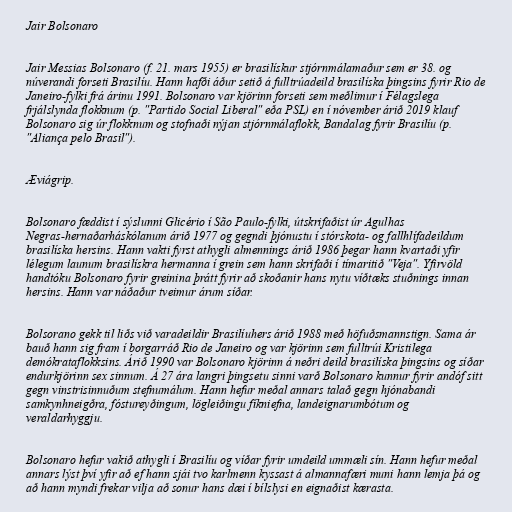
Jair Bolsonaro

Jair Messias Bolsonaro (f. 21. mars 1955) er brasilískur stjórnmálamaður sem er 38. og
núverandi forseti Brasilíu. Hann hafði áður setið á fulltrúadeild brasilíska þingsins fyrir Rio de
Janeiro-fylki frá árinu 1991. Bolsonaro var kjörinn forseti sem meðlimur í Félagslega
frjálslynda flokknum (p. "Partido Social Liberal" eða PSL) en í nóvember árið 2019 klauf
Bolsonaro sig úr flokknum og stofnaði nýjan stjórnmálaflokk, Bandalag fyrir Brasilíu (p.
"Aliança pelo Brasil").

Æviágrip.

Bolsonaro fæddist í sýslunni Glicério í São Paulo-fylki, útskrifaðist úr Agulhas
Negras-hernaðarháskólanum árið 1977 og gegndi þjónustu í stórskota- og fallhlífadeildum
brasilíska hersins. Hann vakti fyrst athygli almennings árið 1986 þegar hann kvartaði yfir
lélegum launum brasilískra hermanna í grein sem hann skrifaði í tímaritið "Veja". Yfirvöld
handtóku Bolsonaro fyrir greinina þrátt fyrir að skoðanir hans nytu víðtæks stuðnings innan
hersins. Hann var náðaður tveimur árum síðar.

Bolsorano gekk til liðs við varadeildir Brasilíuhers árið 1988 með höfuðsmannstign. Sama ár
bauð hann sig fram í borgarráð Rio de Janeiro og var kjörinn sem fulltrúi Kristilega
demókrataflokksins. Árið 1990 var Bolsonaro kjörinn á neðri deild brasilíska þingsins og síðar
endurkjörinn sex sinnum. Á 27 ára langri þingsetu sinni varð Bolsonaro kunnur fyrir andóf sitt
gegn vinstrisinnuðum stefnumálum. Hann hefur meðal annars talað gegn hjónabandi
samkynhneigðra, fóstureyðingum, lögleiðingu fíkniefna, landeignarumbótum og
veraldarhyggju.

Bolsonaro hefur vakið athygli í Brasilíu og víðar fyrir umdeild ummæli sín. Hann hefur meðal
annars lýst því yfir að ef hann sjái tvo karlmenn kyssast á almannafæri muni hann lemja þá og
að hann myndi frekar vilja að sonur hans dæi í bílslysi en eignaðist kærasta.